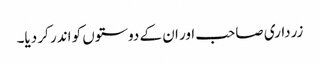
زرداری صاحب اور ان کے دوستوں کو اندر کر دیا۔